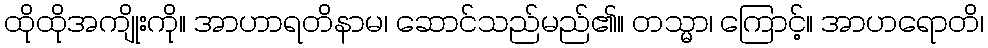
ထိုထိုအကျိုးကို။ အာဟာရတိနာမ၊ ဆောင်သည်မည်၏။ တသ္မာ၊ ကြောင့်။ အာဟရောတိ၊